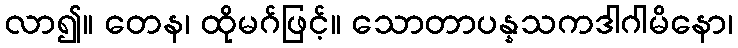
လာ၍။ တေန၊ ထိုမဂ်ဖြင့်။ သောတာပန္နသကဒါဂါမိနော၊